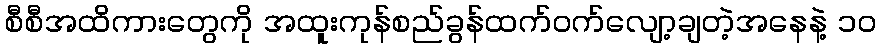
စီစီအထိကားတွေကို အထူးကုန်စည်ခွန်ထက်ဝက်လျော့ချတဲ့အနေနဲ့ ၁၀